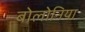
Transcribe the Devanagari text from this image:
बोलोनिया